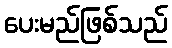
ပေးမည်ဖြစ်သည်